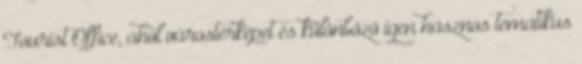
Tourist Office, ahol várostérképet és különböző igen hasznos tematikus